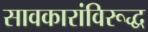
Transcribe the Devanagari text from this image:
सावकारांविरूद्ध